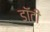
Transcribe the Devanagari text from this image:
डॉटी